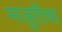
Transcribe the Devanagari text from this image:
मजुरीचा